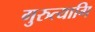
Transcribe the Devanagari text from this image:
गुरुत्यागि